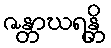
ဇန္တာဃရန္တိ